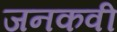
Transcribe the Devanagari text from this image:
जनकवी